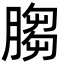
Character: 䐢